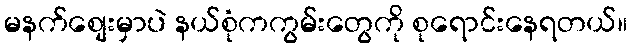
မနက်စျေးမှာပဲ နယ်စုံကကွမ်းတွေကို စုရောင်းနေရတယ်။